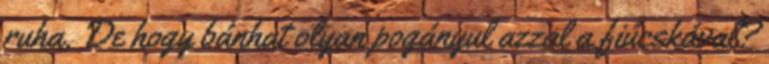
ruha. De hogy bánhat olyan pogányul azzal a fiúcskával?